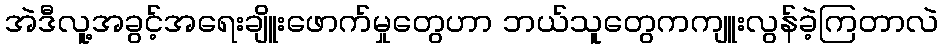
အဲဒီလူ့အခွင့်အရေးချိူးဖောက်မှုတွေဟာ ဘယ်သူတွေကကျူးလွန်ခဲ့ကြတာလဲ